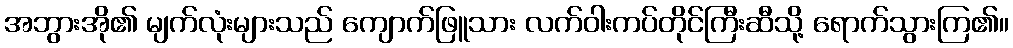
အဘွားအို၏ မျက်လုံးများသည် ကျောက်ဖြူသား လက်ဝါးကပ်တိုင်ကြီးဆီသို့ ရောက်သွားကြ၏။